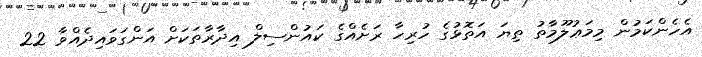
އެހެންކަމުން މިމަޢުލޫމާތު ތިޔަ އަތޮޅުގެ ހުރިހާ ރަށެއްގެ ކައުންސިލް އިދާރާތަކަށް އަންގަވައިދެއްވާ 22